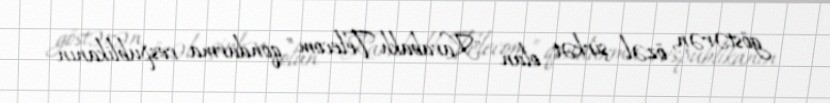
göstərən, özəl şirkət olan "Karabakh Telecom" qondarma respublikanın